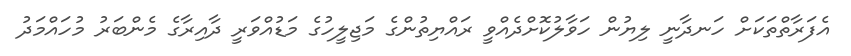
އެފަރާތްތަކަށް ހަނދާނީ ލިޔުން ހަވާލުކޮށްދެއްވީ ރައްޔިތުންގެ މަޖިލީހުގެ މަޑުއްވަރީ ދާއިރާގެ މެންބަރު މުހައްމަދު